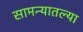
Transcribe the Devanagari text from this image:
सामन्यातल्या